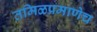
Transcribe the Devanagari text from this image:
तमिळप्रमाणेच